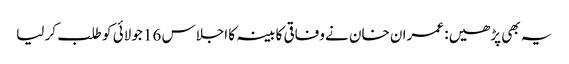
یہ بھی پڑھیں: عمران خان نے وفاقی کابینہ کا اجلاس 16 جولائی کو طلب کر لیا